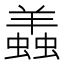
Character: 𧒃